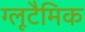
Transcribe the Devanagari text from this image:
ग्लूटैमिक